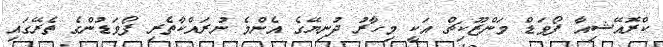
ކްރޮއޭޝިއާ ފޯވަޑް މަންޒޫކިޗް އަކީ މިހާރު ދުނިޔޭގެ އެންމެ ނުރައްކާތެރި ފޯވަޑުންގެ ތެރޭގައި